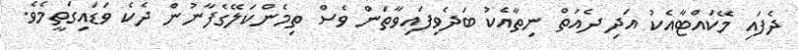
ދެފައި މޭކައްޓާއެކު އަދި ދެއަތް ނިތާއެކު ބަދެވިފައިވާތަން ވެސް ތިމެންކަލޭގެފާނުން ދެކެ ވަޑައިގަތީމެވެ.